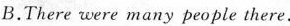
B.There were many people there.